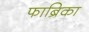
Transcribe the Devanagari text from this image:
फाब्रिका